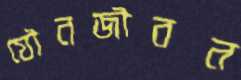
যৌনজীবন